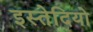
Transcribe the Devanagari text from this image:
इस्तेदियो